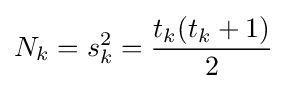
\displaystyle N_{k}=s_{k}^{2}={\frac {t_{k}(t_{k}+1)}{2}}